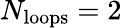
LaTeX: N_{\mathrm{loops}}=2